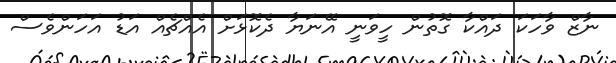
ނާޒް ވާހަކަ ދައްކާ ގޮތުން ހީވަނީ އޭނަޔާ ދެކޮޅަށް އެއްޗެއް އަޑު އަހަންވެސް